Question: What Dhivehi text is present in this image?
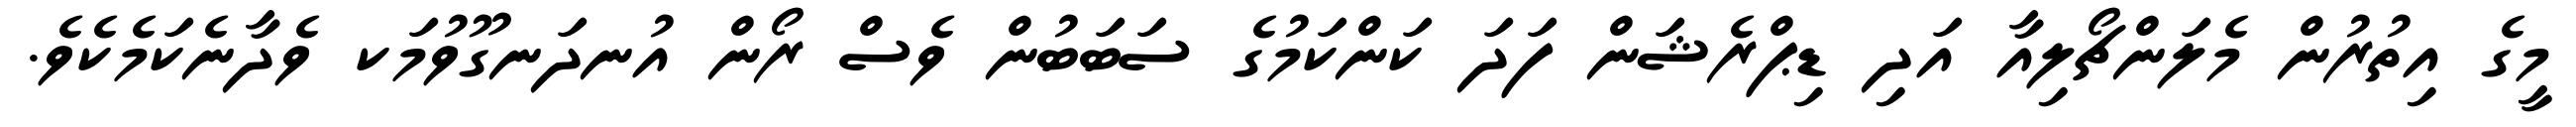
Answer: މީގެ އިތުރުން މެލަންޗޯލިއާ އަދި ޑިޕްރެޝަން ފަދަ ކަންކަމުގެ ސަބަބުން ވެސް ރޯން އުނދަނގޫވުމަކ ވެދާނެކަމެކެވެ.